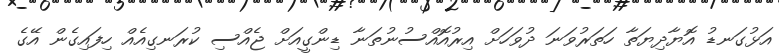
އަޅުގަނޑު އޮޔާދިޔަތާ ހަތަރުވަނަ ދުވަހަށް އިރުއޮއްސުނުތަނާ ޑިންގީއަށް ޖެއްސި ކުރަނގިއެއް ހިފައިގެން އޭގެ